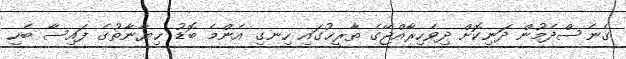
ގެނެސްދެމުން ދަނިކޮށް ދިވެހިރާއްޖޭގެ ތާރީޚުގައި ހިނގި އެންމެ ބޮޑު ޚިޔާނާތުގެ ފައިސާ ބެހި